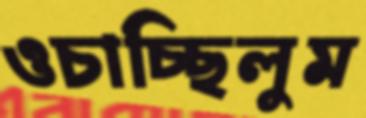
ওচাচ্ছিলুম